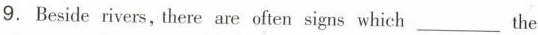
9.Beside rivers, there are ofen signs which___the